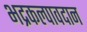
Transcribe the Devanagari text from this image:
भद्रकल्पावदान